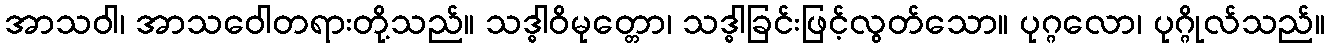
အာသဝါ၊ အာသဝေါတရားတို့သည်။ သဒ္ဓါဝိမုတ္တော၊ သဒ္ဓါခြင်းဖြင့်လွတ်သော။ ပုဂ္ဂလော၊ ပုဂ္ဂိုလ်သည်။